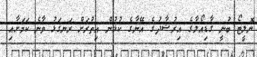
ނޮލީޓޯ ބުނީ ގާޑިއޯލާގެ އިރުޝާދުގެ އޭނާގެ ކުޅުން އިތުރަށް ރަނގަޅު ވާނެ ކަމަށާއި